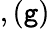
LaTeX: ,(\mathtt{g})